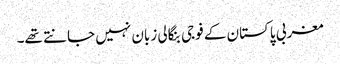
مغربی پاکستان کے فوجی بنگالی زبان نہیں جانتے تھے۔